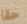
حقا